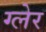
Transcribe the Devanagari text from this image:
ग्लेर